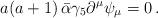
LaTeX: \begin{align*}a(a+1)\,\bar\alpha\gamma_5\partial^\mu\psi_\mu=0\,.\end{align*}